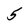
Character: 5